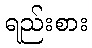
ရည်းစား